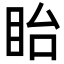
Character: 眙